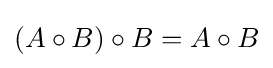
(A\circ B)\circ B=A\circ B